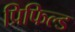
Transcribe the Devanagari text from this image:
प्रिफिल्ड